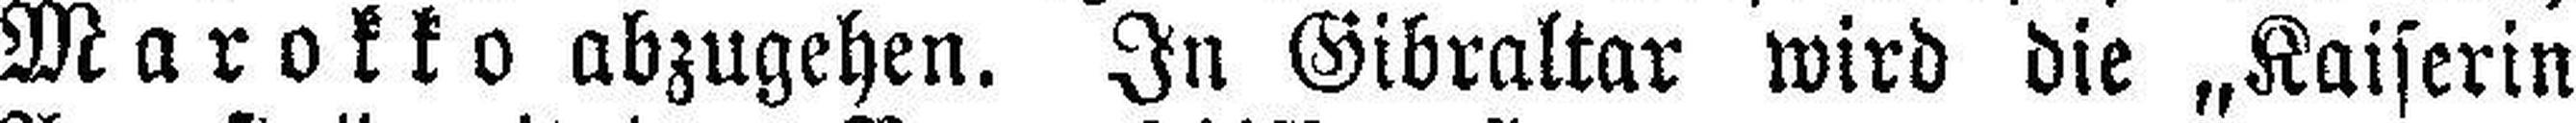
Marokko abzugehen. In Gibraltar wird die „Kaiserin